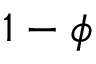
1 - \phi